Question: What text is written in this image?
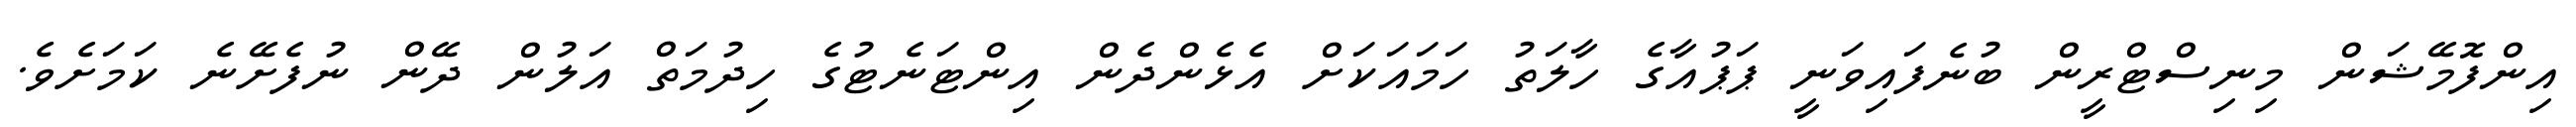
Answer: އިންފޮމޭޝަން މިނިސްޓްރީން ބުނެފައިވަނީ ޕަޕުއާގެ ހާލަތު ހަމައަކަށް އެޅެންދެން އިންޓަނެޓުގެ ހިދުމަތް އަލުން ދޭން ނުފެށޭނެ ކަމަށެވެ.